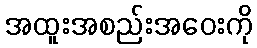
အထူးအစည်းအဝေးကို